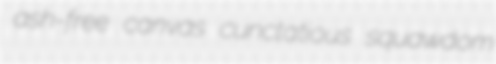
ash-free canvas cunctatious squawdom